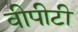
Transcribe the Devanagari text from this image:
वीपीटी